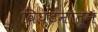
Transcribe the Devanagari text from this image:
विघटनातून